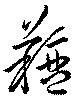
羶